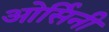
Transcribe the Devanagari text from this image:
ओर्सिनी